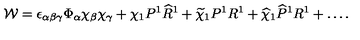
{ \cal W } = \epsilon _ { \alpha \beta \gamma } \Phi _ { \alpha } \chi _ { \beta } \chi _ { \gamma } + \chi _ { 1 } P ^ { 1 } { \widehat R } ^ { 1 } + { \widetilde \chi } _ { 1 } P ^ { 1 } R ^ { 1 } + { \widehat \chi } _ { 1 } { \widehat P } ^ { 1 } R ^ { 1 } + \dots .